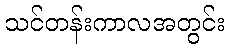
သင်တန်းကာလအတွင်း